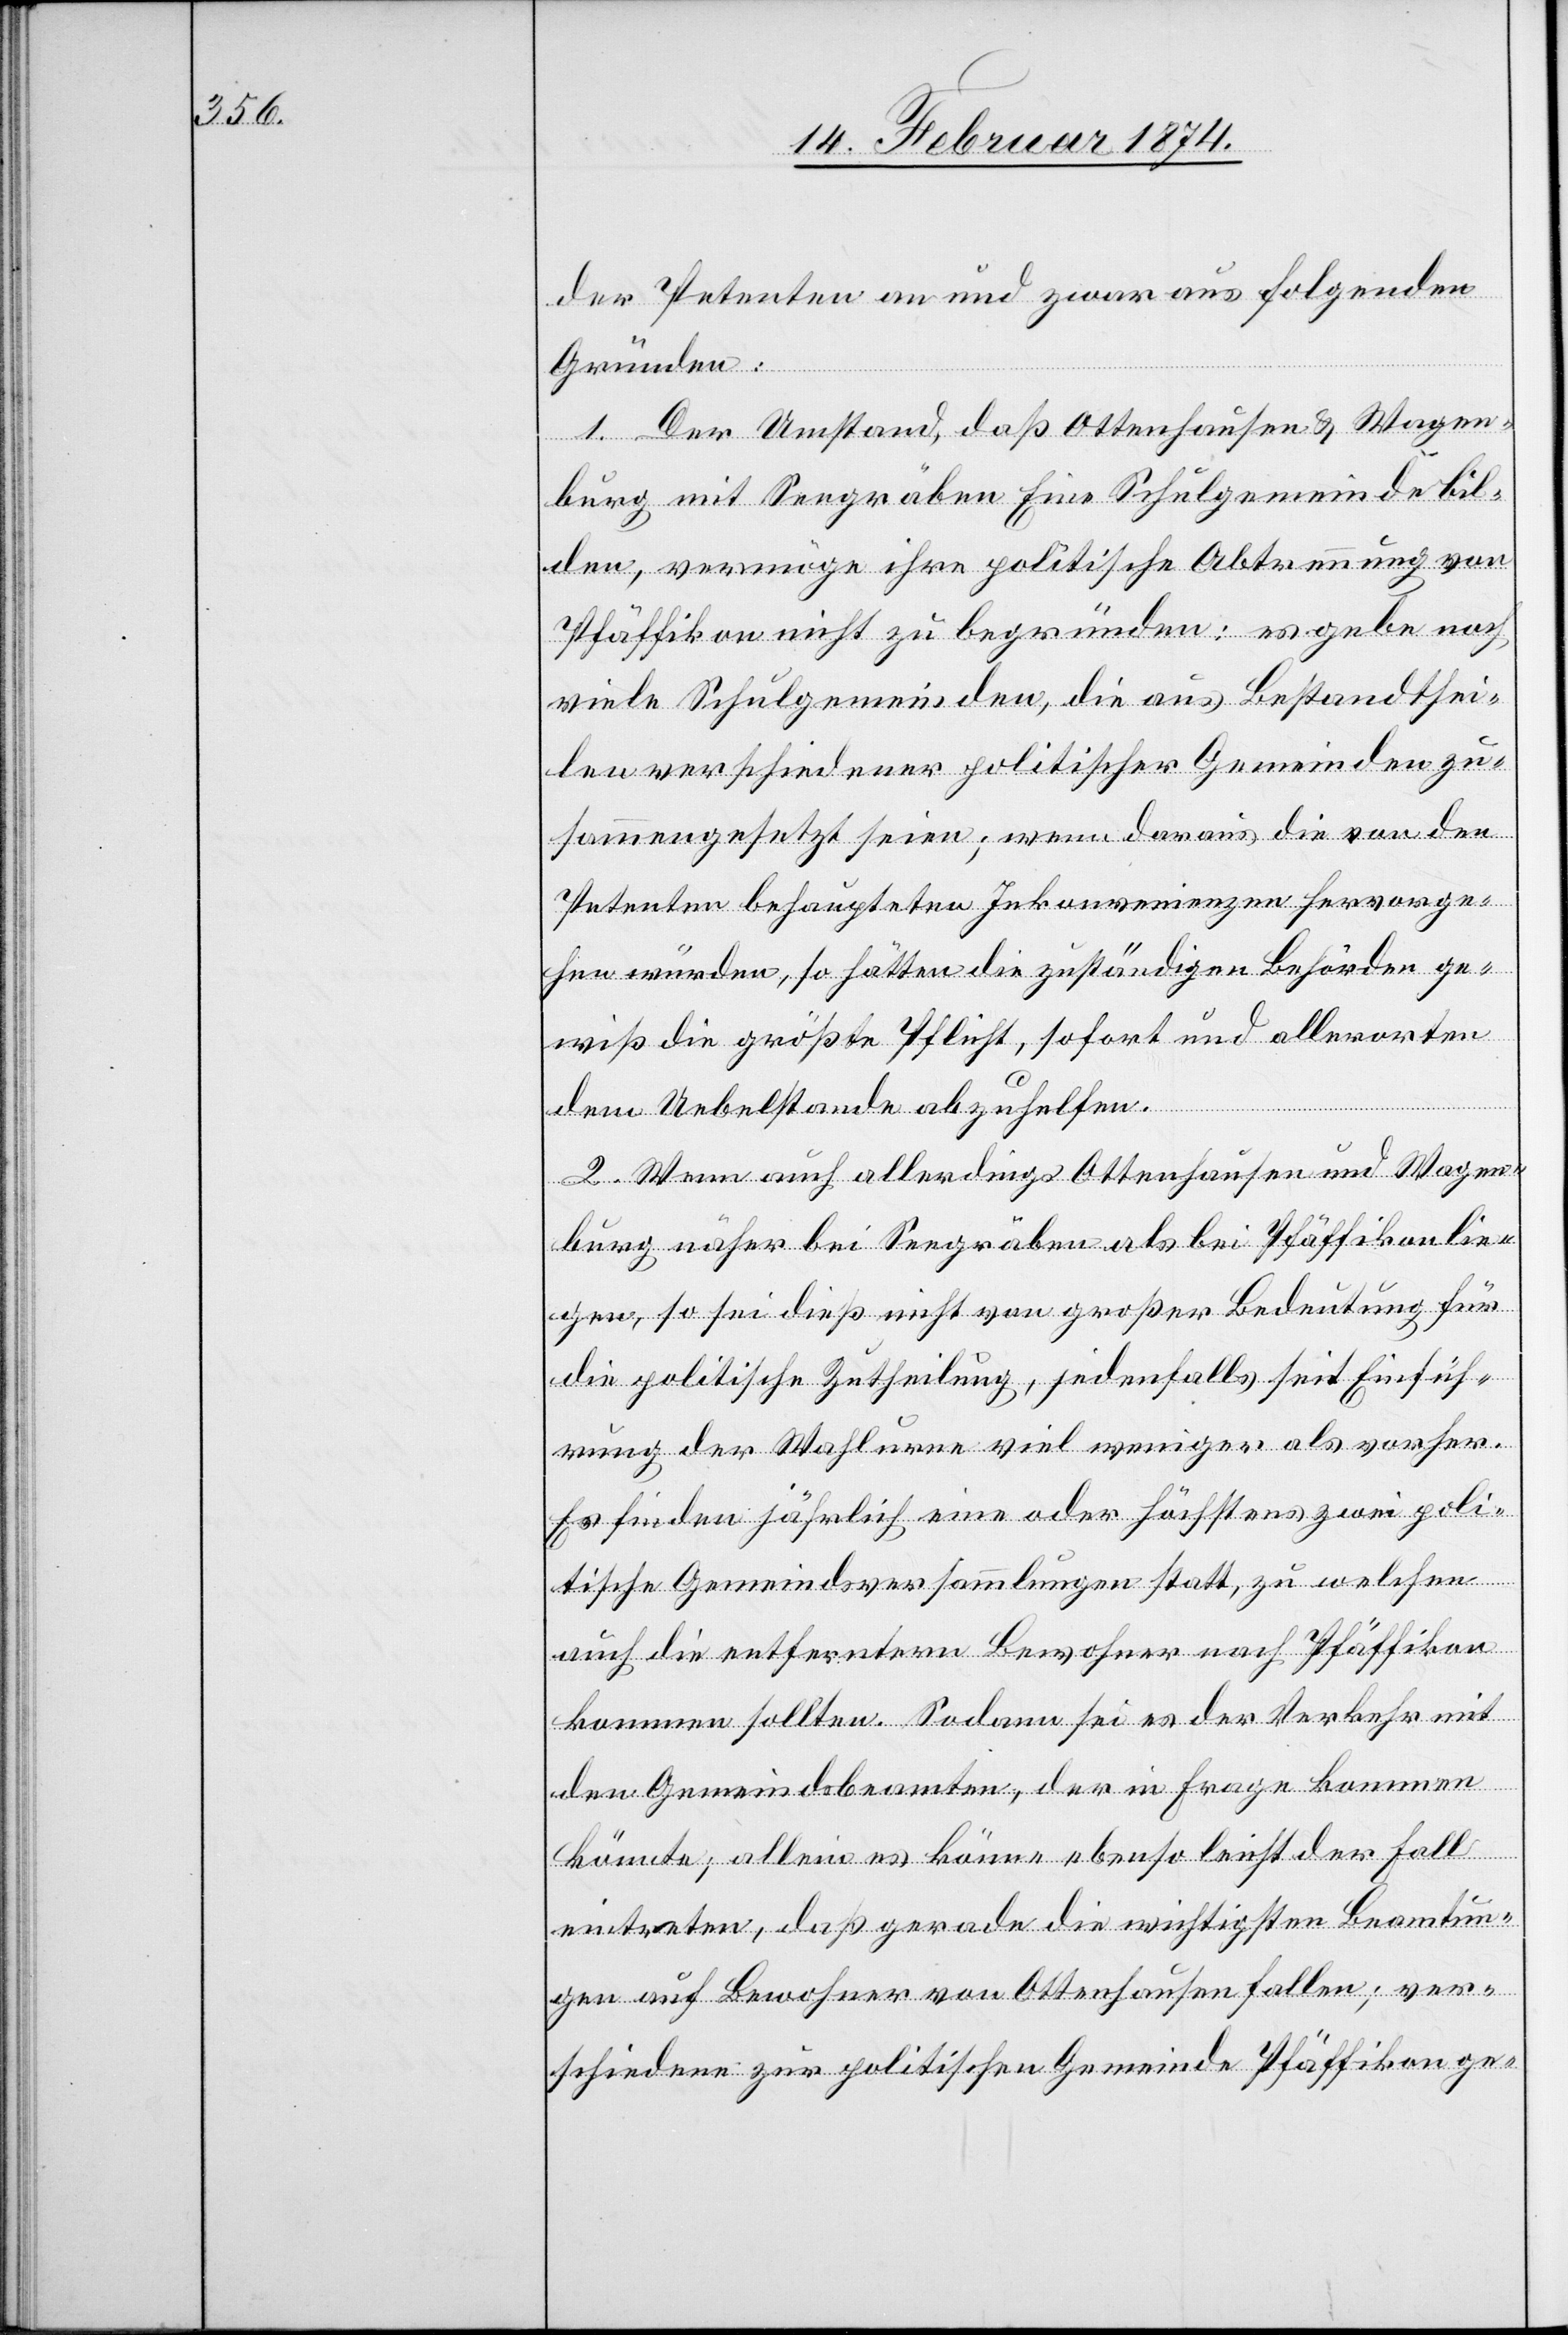
der Petenten an und zwar aus folgenden
Gründen:
1. Der Umstand, daß Ottenhausen u. Wagen¬
burg mit Seegräben Eine Schulgemeinde bil¬
den, vermöge ihre politische Abtrennung von
Pfäffikon nicht zu begründen: es gebe noch
viele Schulgemeinden, die aus Bestandthei¬
len verschiedener politischer Gemeinden zu¬
sammengesetzt seien; wenn daraus die von den
Petenten behaupteten Inkonvenienzen hervorge¬
hen würden, so hätten die zuständigen Behörden ge¬
wiß die größte Pflicht, sofort und allerorten
dem Uebelstande abzuhelfen.
2. Wenn auch allerdings Ottenhausen und Wagen¬
burg näher bei Seegräben als bei Pfäffikon lie¬
gen, so sei dieß nicht von großer Bedeutung für
die politische Zutheilung, jedenfalls seit Einfüh¬
rung der Wahlurne viel weniger als vorher.
Es finden jährlich eine oder höchstens zwei poli¬
tische Gemeindsversammlungen statt, zu welchen
auch die entfentern Bewohner nach Pfäffikon
kommen sollten. Sodann sei es der Verkehr mit
den Gemeindsbeamten, der in Frage kommen
könnte; allein es könne ebenso leicht der Fall
eintreten, daß gerade die wichtigsten Beamtun¬
gen auf Bewohner von Ottenhausen fallen; ver¬
schiedene zur politischen Gemeinde Pfäffikon ge-